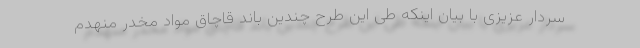
سردار عزیزی با بیان اینکه طی این طرح چندین باند قاچاق مواد مخدر منهدم